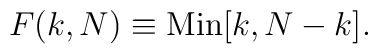
F(k,N)\equiv {\rm Min}[ k, N-k].